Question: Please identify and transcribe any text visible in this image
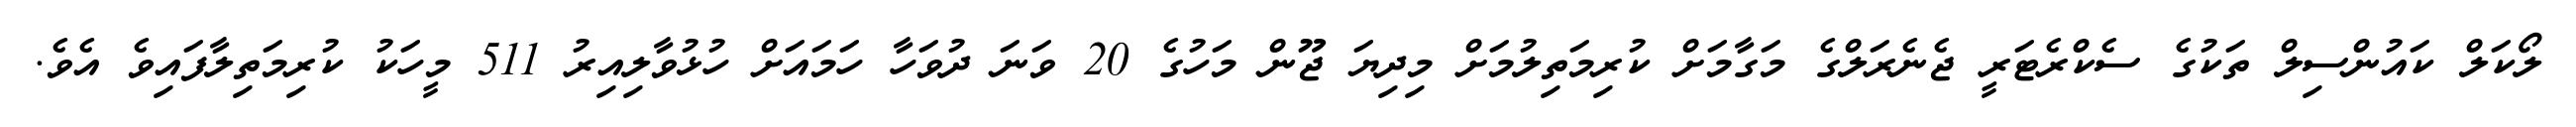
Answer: ލޯކަލް ކައުންސިލް ތަކުގެ ސެކްރެޓަރީ ޖެނެރަލްގެ މަގާމަށް ކުރިމަތިލުމަށް މިދިޔަ ޖޫން މަހުގެ 20 ވަނަ ދުވަހާ ހަމައަށް ހުޅުވާލިއިރު 511 މީހަކު ކުރިމަތިލާފައިވެ އެވެ.